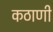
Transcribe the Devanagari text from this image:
कठाणी